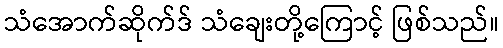
သံအောက်ဆိုက်ဒ် သံချေးတို့ကြောင့် ဖြစ်သည်။